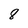
Character: 8